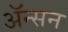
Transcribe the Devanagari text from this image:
ॲन्सन